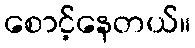
စောင့်နေတယ်။